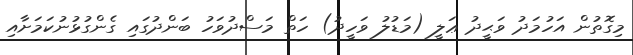
މިގޮތުން އަހުމަދު ވަޙީދު ޢަލީ (މަޑުލު ވަހީދު) ހަތް މަސްދުވަހު ބަންދުގައި ގެންގުޅުނުކަމަށާއި